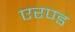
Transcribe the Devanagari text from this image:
एरण्ड